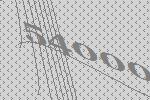
54000